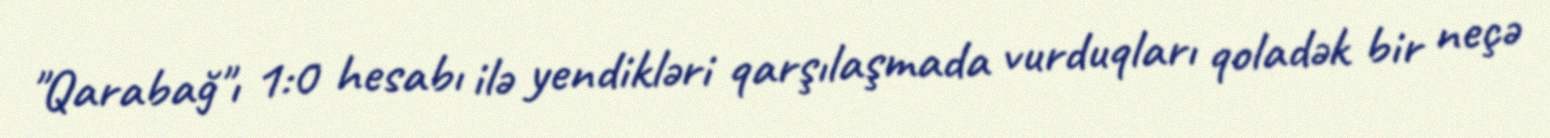
"Qarabağ"ı 1:0 hesabı ilə yendikləri qarşılaşmada vurduqları qoladək bir neçə